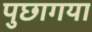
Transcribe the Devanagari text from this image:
पुछागया